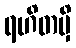
ရဟိတမှိ